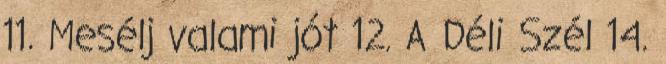
11. Mesélj valami jót 12. A Déli Szél 14.